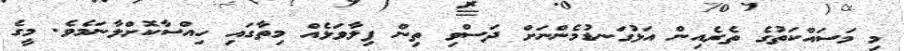
މި މަސައްކަތުގެ ތެރެއިން އަޅުގަނޑުމެންނަށް ދަސްވި ތިން ފިލާވަޅެއް މިތާގައި ހިއްސާކޮށްލާނަމެވެ. މީގެ